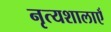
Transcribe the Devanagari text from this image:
नृत्यशालाएँ